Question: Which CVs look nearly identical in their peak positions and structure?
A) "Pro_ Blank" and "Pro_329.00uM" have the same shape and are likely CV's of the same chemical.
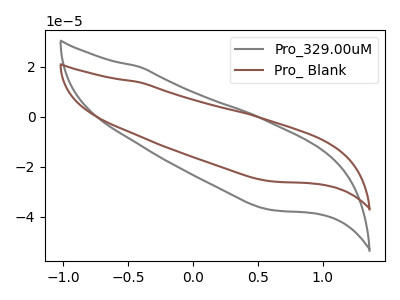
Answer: <think>The gray curve "Pro_329.00uM" has no peaks. The brown curve "Pro_ Blank" has no peaks.
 Neither "Pro_329.00uM" or "Pro_ Blank" have any peaks.</think>
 <answer>A) "Pro_ Blank" and "Pro_329.00uM" have the same shape and are likely CV's of the same chemical.</answer>
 <eval>A</eval>